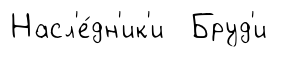
Насл'е́дн'ик'и Бруд'и